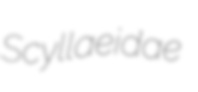
Scyllaeidae